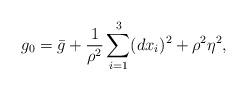
LaTeX: \begin{align*}g_0=\bar{g} + \frac{1}{\rho^2}\sum_{i=1}^3 (dx_i)^2 + \rho^2\eta^2,\end{align*}